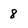
Character: 8